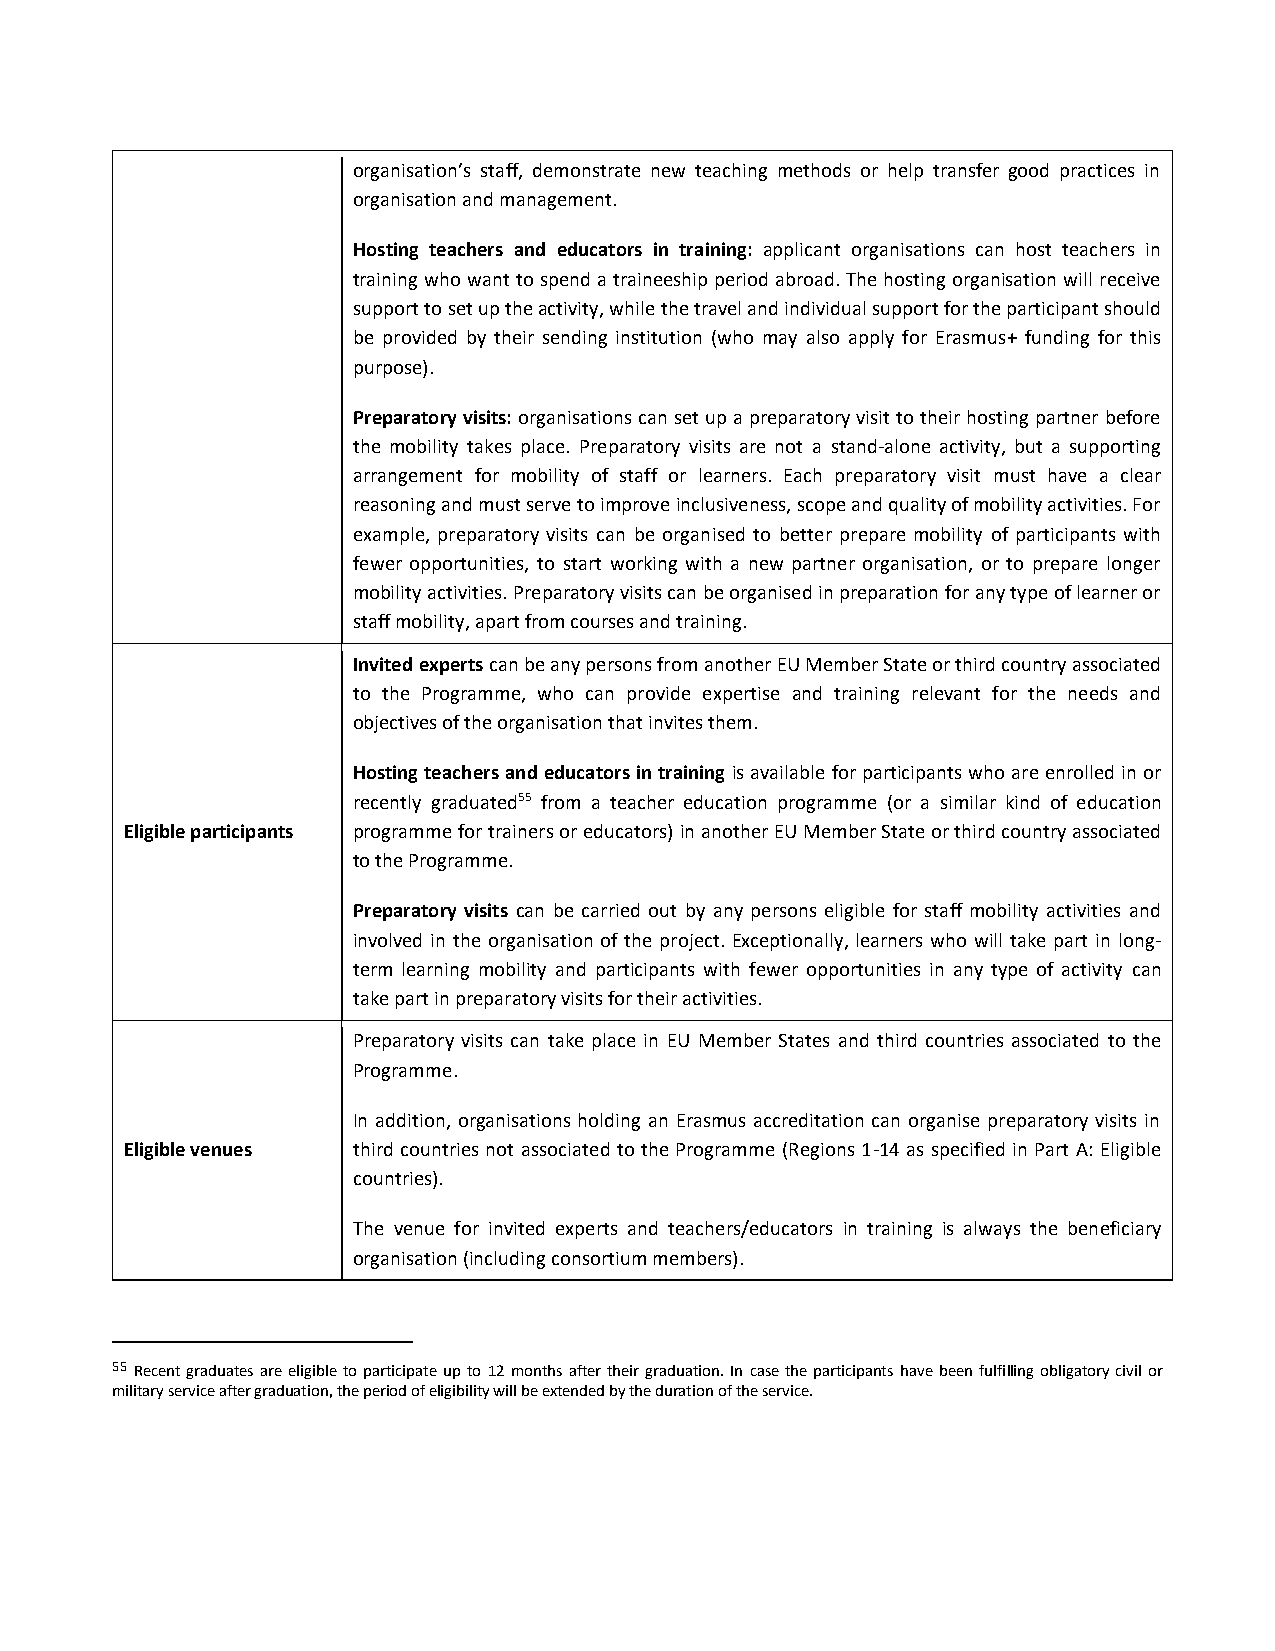
organisation’s staff, demonstrate new teaching methods or help transfer good practices in
 organisation and management.
 Hosting teachers and educators in training: applicant organisations can host teachers in
 training who want to spend a traineeship period abroad. The hosting organisation will receive
 support to set up the activity, while the travel and individual support for the participant should
 be provided by their sending institution (who may also apply for Erasmus+ funding for this
 purpose).
 Preparatory visits: organisations can set up a preparatory visit to their hosting partner before
 the mobility takes place. Preparatory visits are not a stand-alone activity, but a supporting
 arrangement for mobility of staff or learners. Each preparatory visit must have a clear
 reasoning and must serve to improve inclusiveness, scope and quality of mobility activities. For
 example, preparatory visits can be organised to better prepare mobility of participants with
 fewer opportunities, to start working with a new partner organisation, or to prepare longer
 mobility activities. Preparatory visits can be organised in preparation for any type of learner or
 staff mobility, apart from courses and training.
 Invited experts can be any persons from another EU Member State or third country associated
 to the Programme, who can provide expertise and training relevant for the needs and
 objectives of the organisation that invites them.
 Hosting teachers and educators in training is available for participants who are enrolled in or
 recently graduated55 from a teacher education programme (or a similar kind of education
 Eligible participants programme for trainers or educators) in another EU Member State or third country associated
 to the Programme.
 Preparatory visits can be carried out by any persons eligible for staff mobility activities and
 involved in the organisation of the project. Exceptionally, learners who will take part in long-
 term learning mobility and participants with fewer opportunities in any type of activity can
 take part in preparatory visits for their activities.
 Preparatory visits can take place in EU Member States and third countries associated to the
 Programme.
 In addition, organisations holding an Erasmus accreditation can organise preparatory visits in
 Eligible venues third countries not associated to the Programme (Regions 1-14 as specified in Part A: Eligible
 countries).
 The venue for invited experts and teachers/educators in training is always the beneficiary
 organisation (including consortium members).
 55 Recent graduates are eligible to participate up to 12 months after their graduation. In case the participants have been fulfilling obligatory civil or
 military service after graduation, the period of eligibility will be extended by the duration of the service.